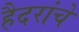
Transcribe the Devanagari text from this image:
हैदरांचे